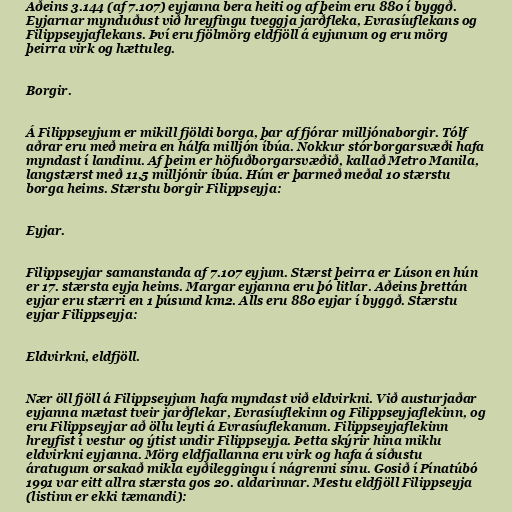
Aðeins 3.144 (af 7.107) eyjanna bera heiti og af þeim eru 880 í byggð.
Eyjarnar mynduðust við hreyfingu tveggja jarðfleka, Evrasíuflekans og
Filippseyjaflekans. Því eru fjölmörg eldfjöll á eyjunum og eru mörg
þeirra virk og hættuleg.

Borgir.

Á Filippseyjum er mikill fjöldi borga, þar af fjórar milljónaborgir. Tólf
aðrar eru með meira en hálfa milljón íbúa. Nokkur stórborgarsvæði hafa
myndast í landinu. Af þeim er höfuðborgarsvæðið, kallað Metro Manila,
langstærst með 11,5 milljónir íbúa. Hún er þarmeð meðal 10 stærstu
borga heims. Stærstu borgir Filippseyja:

Eyjar.

Filippseyjar samanstanda af 7.107 eyjum. Stærst þeirra er Lúson en hún
er 17. stærsta eyja heims. Margar eyjanna eru þó litlar. Aðeins þrettán
eyjar eru stærri en 1 þúsund km2. Alls eru 880 eyjar í byggð. Stærstu
eyjar Filippseyja:

Eldvirkni, eldfjöll.

Nær öll fjöll á Filippseyjum hafa myndast við eldvirkni. Við austurjaðar
eyjanna mætast tveir jarðflekar, Evrasíuflekinn og Filippseyjaflekinn, og
eru Filippseyjar að öllu leyti á Evrasíuflekanum. Filippseyjaflekinn
hreyfist í vestur og ýtist undir Filippseyja. Þetta skýrir hina miklu
eldvirkni eyjanna. Mörg eldfjallanna eru virk og hafa á síðustu
áratugum orsakað mikla eyðileggingu í nágrenni sínu. Gosið í Pínatúbó
1991 var eitt allra stærsta gos 20. aldarinnar. Mestu eldfjöll Filippseyja
(listinn er ekki tæmandi):